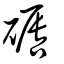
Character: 磭